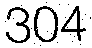
304